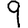
Digit: 9